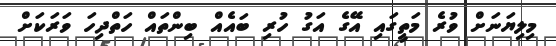
މިލިޔަނަށް ވުރެ މަތީގައި އޭގެ އަގު ހުރި ބައެއް ބިންތައް ހަތްދިހަ ވަރަކަށް